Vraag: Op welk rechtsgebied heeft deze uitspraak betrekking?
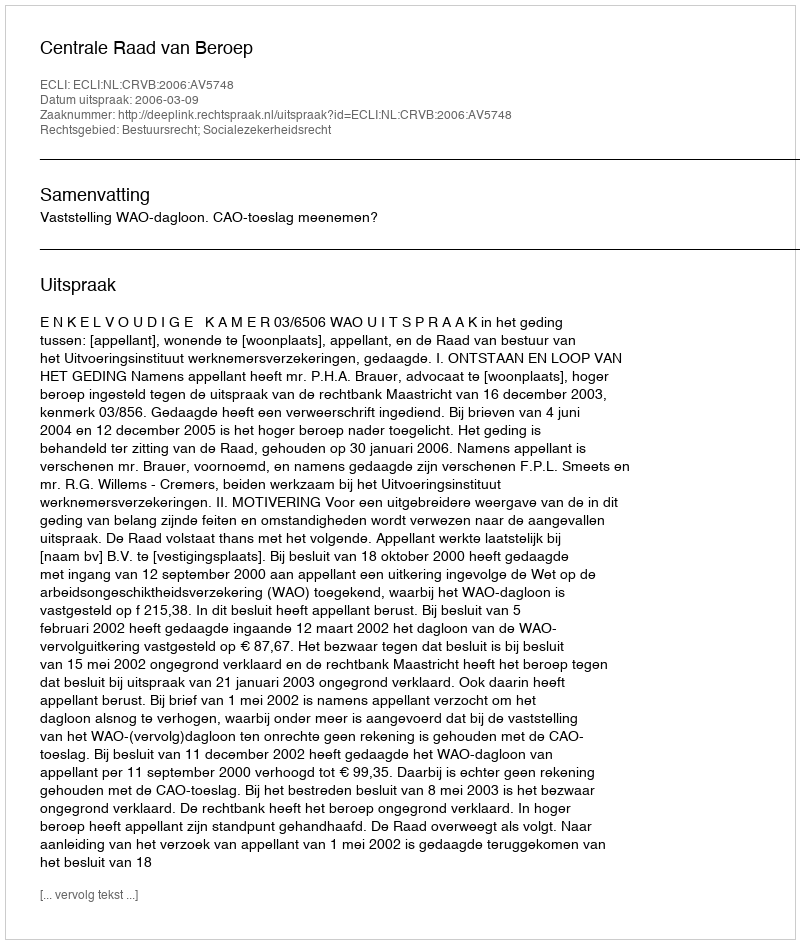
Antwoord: Bestuursrecht; Socialezekerheidsrecht